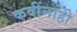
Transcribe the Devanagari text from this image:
कवींनाही